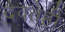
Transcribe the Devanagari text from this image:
दैवतेही